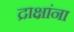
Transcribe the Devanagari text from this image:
द्राक्षांना